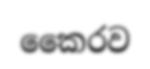
කෛරව